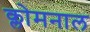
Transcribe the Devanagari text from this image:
क्लोमनाल